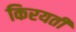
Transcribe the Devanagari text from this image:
किरयती